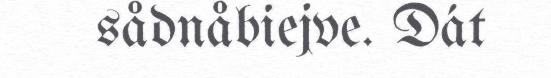
sådnåbiejve. Dát